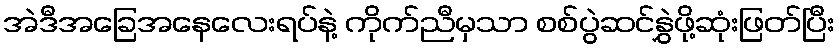
အဲဒီအခြေအနေလေးရပ်နဲ့ ကိုက်ညီမှသာ စစ်ပွဲဆင်နွှဲဖို့ဆုံးဖြတ်ပြီး